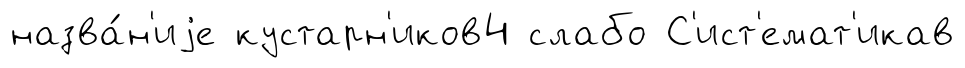
назва́н'иjе кустарн'иков4 слабо С'ист'емат'икав